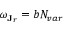
\omega _ { \mathbf { J } _ { r } } = b \ensuremath { N _ { v a r } }